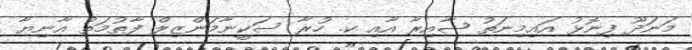
މަނަދޫ ފިނޮޅު އައިމިނަތު ޝާއިރާ އާއި ކ. ހުރާ ސަކީނާމަންޒިލް ފާތުމަތު އާނިޔާ